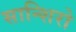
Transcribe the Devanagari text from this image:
सान्शिरो